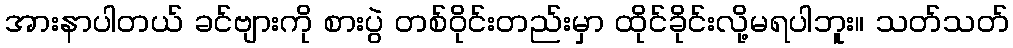
အားနာပါတယ် ခင်ဗျားကို စားပွဲ တစ်ဝိုင်းတည်းမှာ ထိုင်ခိုင်းလို့မရပါဘူး။ သတ်သတ်